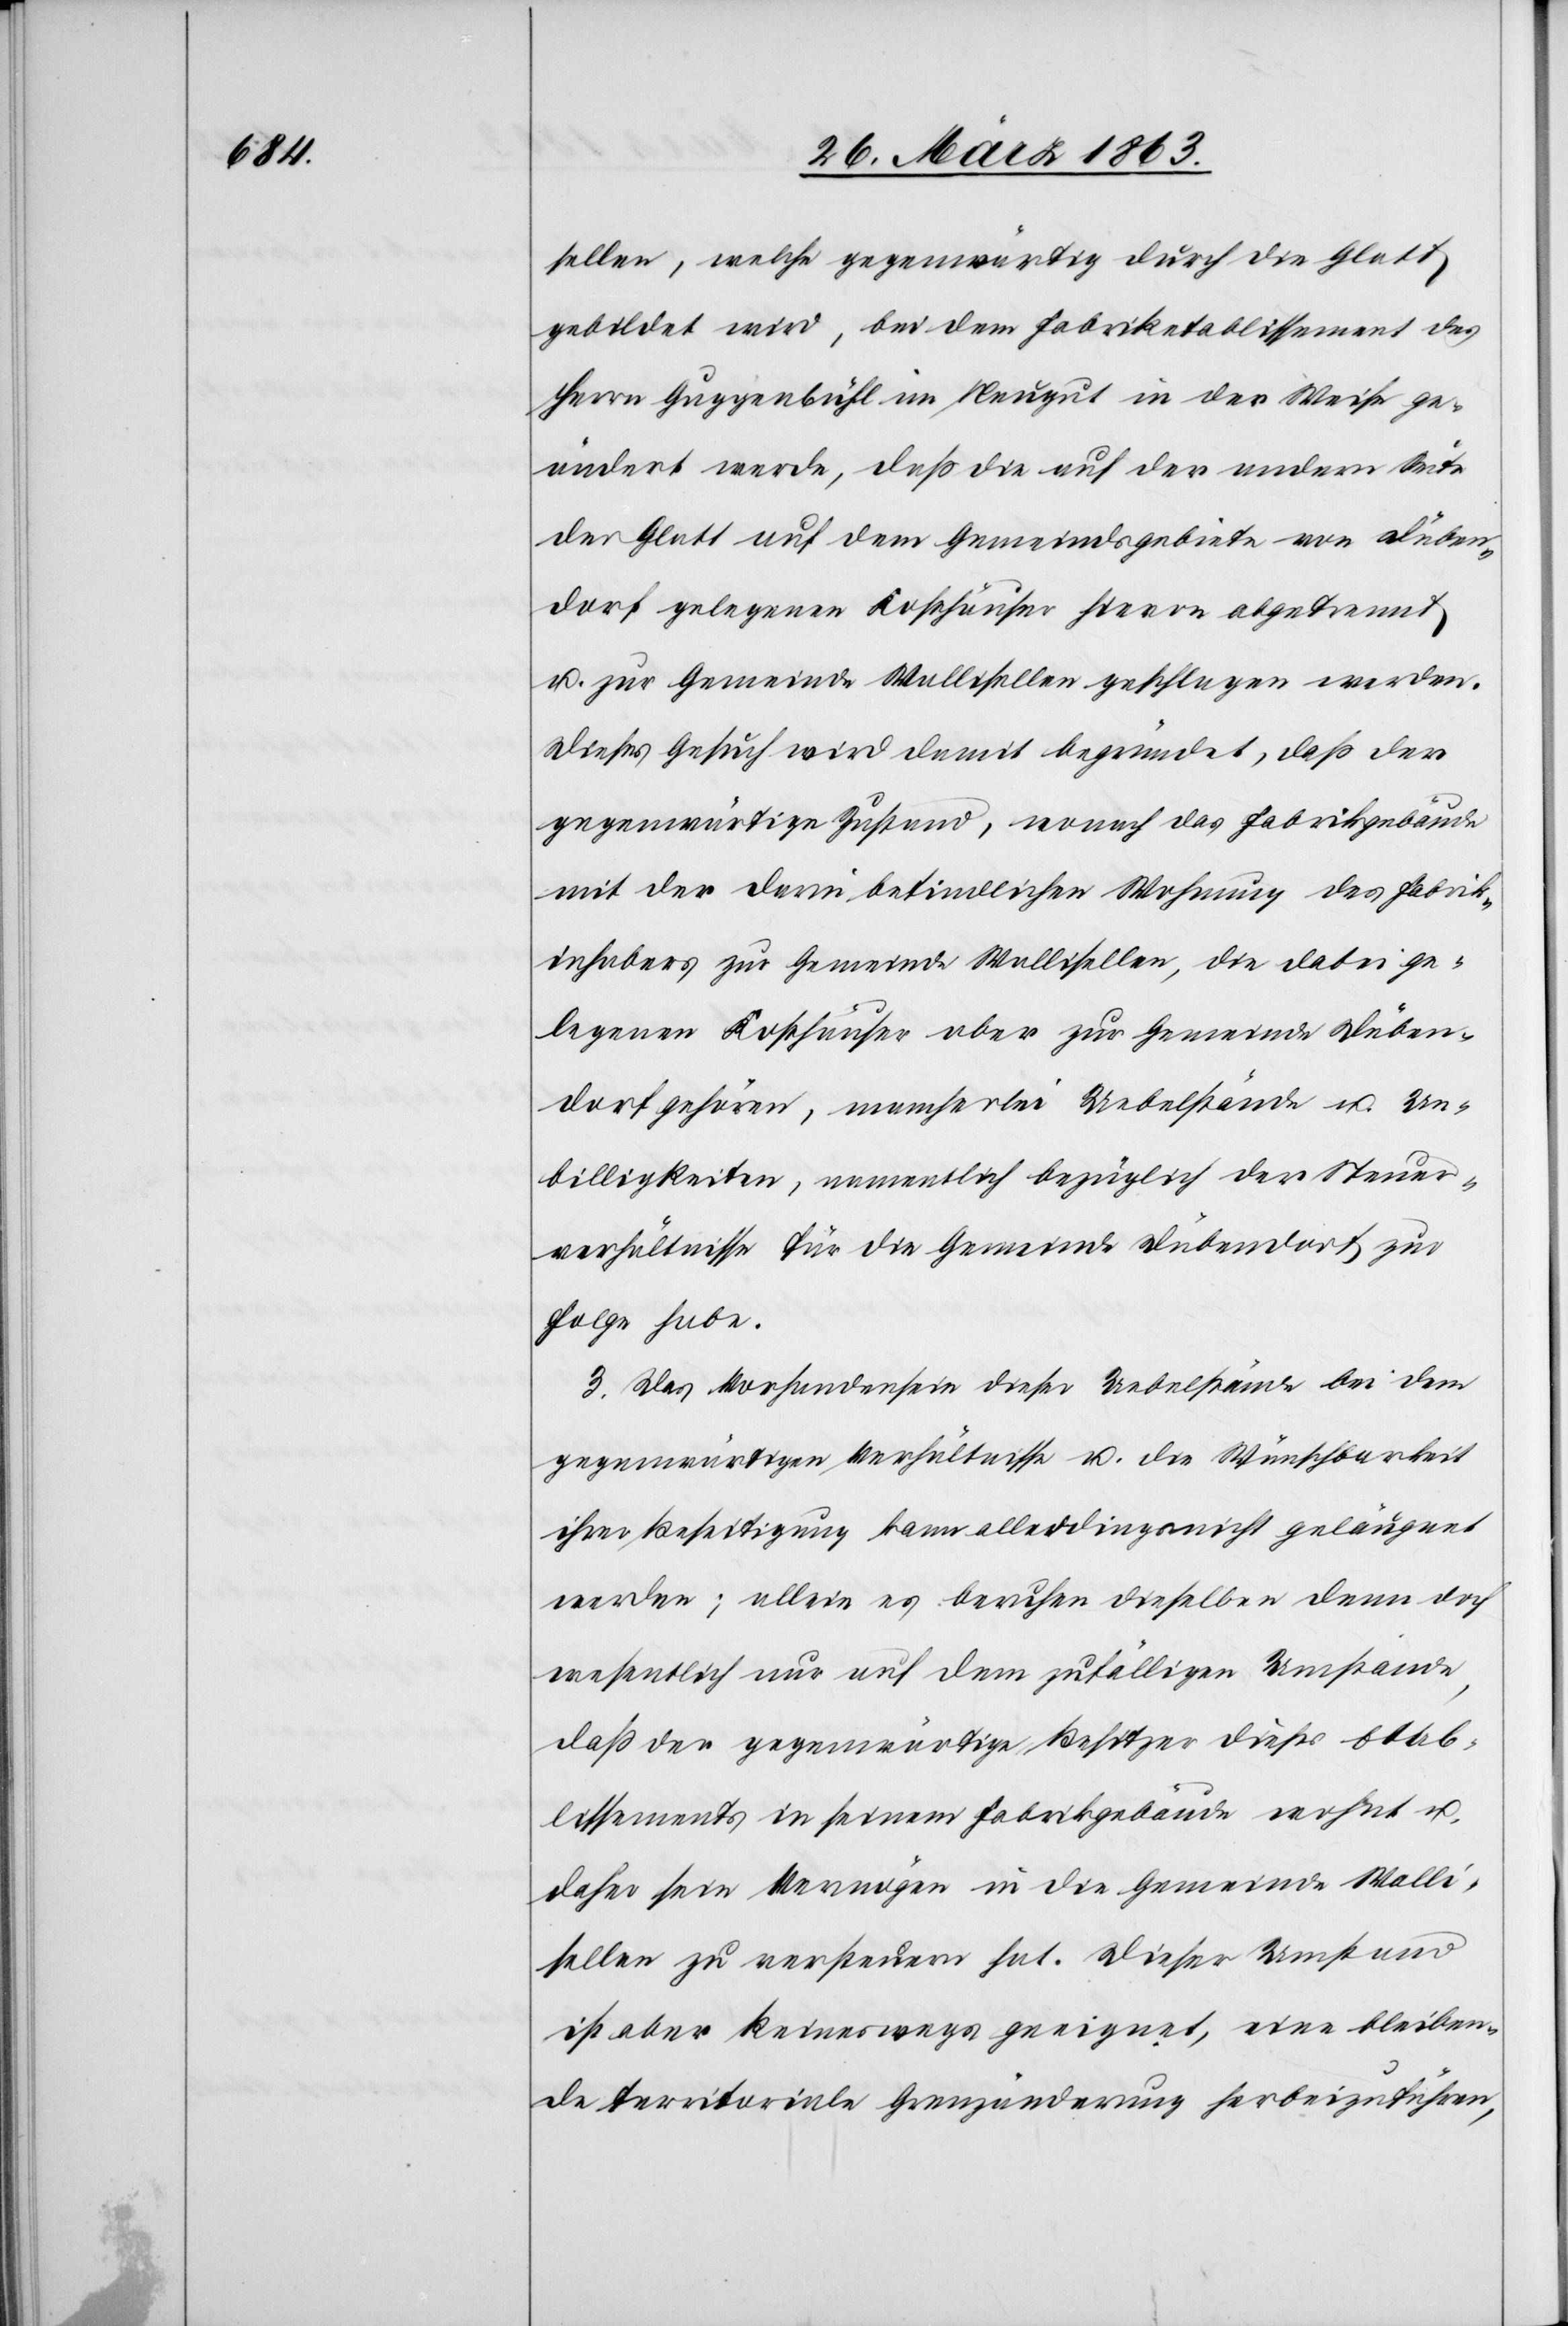
sellen, welche gegenwärtig durch die Glatt
gebildet wird, bei dem Fabriketablissement des
Herrn Guggenbühl im Neugut in der Weise ge¬
ändert werde, daß die auf der andern Seite
der Glatt auf dem Gemeindsgebiete von Düben¬
dorf gelegenen Kosthäuser hievon abgetrennt
u. zur Gemeinde Wallisellen geschlagen werden.
Dieses Gesuch wird damit begründet, daß der
gegenwärtige Zustand, wonach das Fabrikgebäude
mit der darin befindlichen Wohnung des Fabrik¬
inhabers zur Gemeinde Wallisellen, die dabei ge¬
legenen Kosthäuser aber zur Gemeinde Düben¬
dorf gehören, mancherlei Uebelstände u. Un¬
billigkeiten, namentlich bezüglich der Steuer¬
verhältnisse für die Gemeinde Dübendorf zur
Folge habe.
3. Das Vorhandensein dieser Uebelstände bei dem
gegenwärtigen Verhältnisse u. die Wünschbarkeit
ihrer Beseitigung kann allerdingsnicht [sic!] geläugnet
werden; allein es beruhen dieselben denn doch
wesentlich nur auf dem zufälligen Umstande,
daß der gegenwärtige Besitzer dieses Etab¬
lissements in seinem Fabrikgebäude wohnt u.
daher sein Vermögen in die Gemeinde Walli¬
sellen zu versteuern hat. Dieser Umstand
ist aber keineswegs geeignet, eine bleiben¬
de territoriale Grenzänderung herbeizuführen,